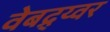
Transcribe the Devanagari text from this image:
वेबद्र्य्वर